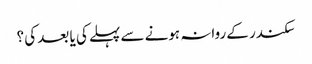
سکندر کے روانہ ہونے سے پہلے کی یا بعد کی ؟